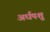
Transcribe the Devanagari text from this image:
अर्धपशु